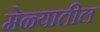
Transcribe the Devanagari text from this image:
मेळ्यातील